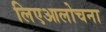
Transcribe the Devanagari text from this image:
लिएआलोचना